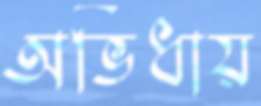
অভিধায়